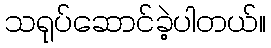
သရုပ်ဆောင်ခဲ့ပါတယ်။